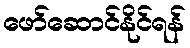
ဖော်ဆောင်နိုင်ရန်